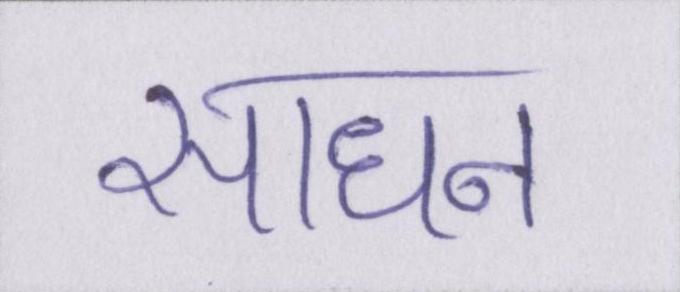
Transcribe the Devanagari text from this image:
साधन